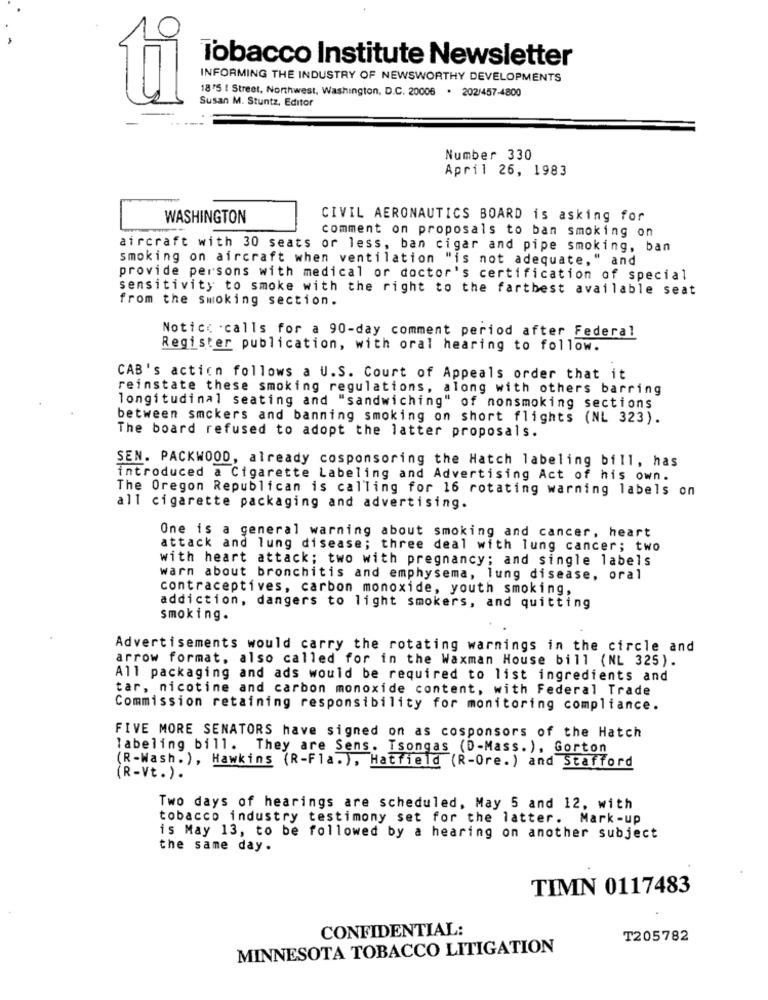
Tobacco Institute Newsletter
INFORMING THE INDUSTRY OF NEWSWORTHY DEVELOPMENTS
1875 [ Street, Northwest, Washington, D.C. 20006 . 202/457-4800
Susan M. Stuntz, Editor
ti
Number 330
April 26, 1983
WASHINGTON
CIVIL AERONAUTICS BOARD is asking for
comment on proposals to ban smoking on
aircraft with 30 seats or less, ban cigar and pipe smoking, ban
smoking on aircraft when ventilation "is not adequate, " and
provide persons with medical or doctor's certification of special
sensitivity to smoke with the right to the fartbest available seat
from the smoking section.
Notice . calls for a 90-day comment period after Federal
Register publication, with oral hearing to follow.
CAB's action follows a U.S. Court of Appeals order that it
reinstate these smoking regulations, along with others barring
longitudinal seating and "sandwiching" of nonsmoking sections
between smckers and banning smoking on short flights (NL 323).
The board refused to adopt the latter proposals.
SEN. PACKWOOD, already cosponsoring the Hatch labeling bill, has
introduced a Cigarette Labeling and Advertising Act of his own.
The Oregon Republican is calling for 16 rotating warning labels on
all cigarette packaging and advertising.
One is a general warning about smoking and cancer, heart
attack and lung disease; three deal with lung cancer; two
with heart attack; two with pregnancy; and single labels
warn about bronchitis and emphysema, lung disease, oral
contraceptives, carbon monoxide, youth smoking,
addiction, dangers to light smokers, and quitting
smoking.
Advertisements would carry the rotating warnings in the circle and
arrow format, also called for in the Waxman House bill (NL 325).
All packaging and ads would be required to list ingredients and
tar, nicotine and carbon monoxide content, with Federal Trade
Commission retaining responsibility for monitoring compliance.
FIVE MORE SENATORS have signed on as cosponsors of the Hatch
labeling bill. They are Sens. Tsongas (D-Mass. ), Gorton
(R-Wash. ), Hawkins (R-Fla. ), Hatfield (R-Ore. ) and Stafford
(R-Vt.).
Two days of hearings are scheduled, May 5 and 12, with
tobacco industry testimony set for the latter. Mark-up
is May 13, to be followed by a hearing on another subject
the same day.
TIMN 0117483
CONFIDENTIAL:
T205782
MINNESOTA TOBACCO LITIGATION